Indian journal of veterinary science and animal husbandry - Volumes 22-23, 1952-1953
Year: 1952
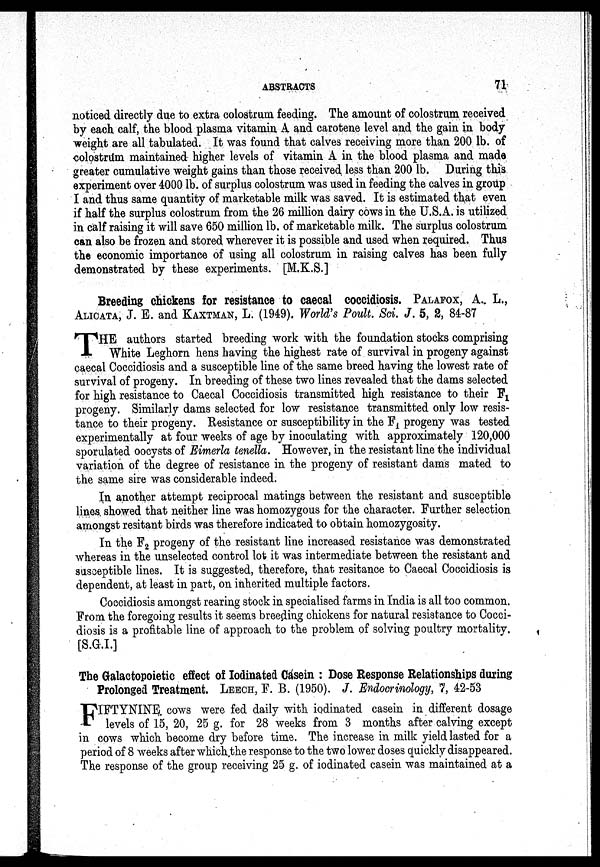
ABSTRACTS
71
noticed directly due to extra colostrum feeding. The amount of colostrum received
by each calf, the blood plasma vitamin A and carotene level and the gain in body
weight are all tabulated. It was found that calves receiving more than 200 lb. of
colostrum maintained higher levels of vitamin A in the blood plasma and made
greater cumulative weight gains than those received less than 200 lb. During this
experiment over 4000 lb. of surplus colostrum was used in feeding the calves in group
I and thus same quantity of marketable milk was saved. It is estimated that even
if half the surplus colostrum from the 26 million dairy cows in the U.S.A. is utilized
in calf raising it will save 650 million lb. of marketable milk. The surplus colostrum
can also be frozen and stored wherever it is possible and used when required. Thus
the economic importance of using all colostrum in raising calves has been fully
demonstrated by these experiments. [M.K.S.]
Breeding chickens for resistance to caecal coccidiosis. PALAFOX, A. L.,
ALICATA, J. E. and KAXTMAN, L. (1949). World's Poult. Sci. J. 5, 2, 84-87
T HE authors started breeding work with the foundation stocks comprising
White Leghorn hens having the highest rate of survival in progeny against
caecal Coccidiosis and a susceptible line of the same breed having the lowest rate of
survival of progeny. In breeding of these two lines revealed that the dams selected
for high resistance to Caecal Coccidiosis transmitted high resistance to their F 1
progeny. Similarly dams selected for low resistance transmitted only low resis-
tance to their progeny. Resistance or susceptibility in the F 1 progeny was tested
experimentally at four weeks of age by inoculating with approximately 120,000
sporulated oocysts of Eimerla tenella. However, in the resistant line the individual
variation of the degree of resistance in the progeny of resistant dams mated to
the same sire was considerable indeed.
In another attempt reciprocal matings between the resistant and susceptible
lines showed that neither line was homozygous for the character. Further selection
amongst resitant birds was therefore indicated to obtain homozygosity.
In the F 2 progeny of the resistant line increased resistance was demonstrated
whereas in the unselected control lot it was intermediate between the resistant and
susceptible lines. It is suggested, therefore, that resitance to Caecal Coccidiosis is
dependent, at least in part, on inherited multiple factors.
Coccidiosis amongst rearing stock in specialised farms in India is all too common.
From the foregoing results it seems breeding chickens for natural resistance to Cocci-
diosis is a profitable line of approach to the problem of solving poultry mortality.
[S.G.I.]
The Galactopoietic effect of Iodinated Casein: Dose Response Relationships during
Prolonged Treatment. LEECH, F. B. (1950). J. Endocrinology, 7, 42-53
F IFTYNINE cows were fed daily with iodinated casein in different dosage
levels of 15, 20, 25 g. for 28 weeks from 3 months after calving except
in cows which become dry before time. The increase in milk yield lasted for a
period of 8 weeks after which the response to the two lower doses quickly disappeared.
The response of the group receiving 25 g. of iodinated casein was maintained at a